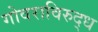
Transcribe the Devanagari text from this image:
गोवराविरुद्ध